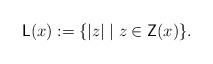
LaTeX: \begin{align*}\mathsf{L}(x) := \{ |z| \mid z \in \mathsf{Z}(x) \}.\end{align*}